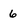
Character: 6